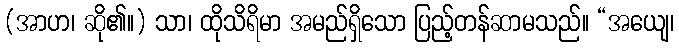
(အာဟ၊ ဆို၏။) သာ၊ ထိုသိရိမာ အမည်ရှိသော ပြည့်တန်ဆာမသည်။ “အယျေ၊